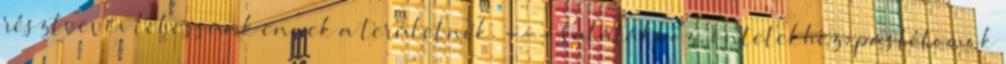
résztvevői lehessünk ennek a területnek. --- Salátákhoz, öntetekhez, pástétomok